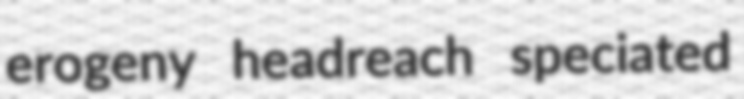
erogeny headreach speciated